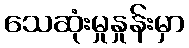
သေဆုံးမှုနှုန်းမှာ